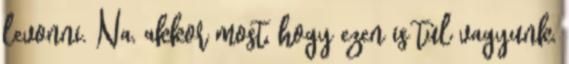
levonni. Na, akkor most, hogy ezen is túl vagyunk,